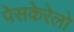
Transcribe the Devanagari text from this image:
पेसकेरेलो